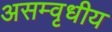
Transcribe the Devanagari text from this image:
असम्वृधीय